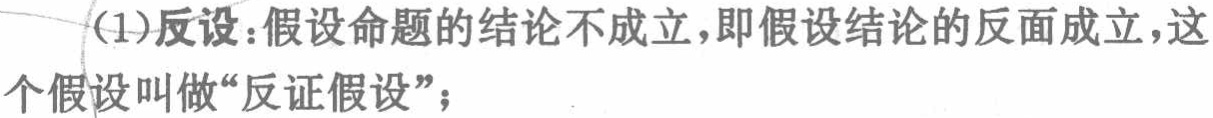
(1)反设：假设命题的结论不成立，即假设结论的反面成立，这个假设叫做“反证假设”；